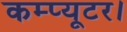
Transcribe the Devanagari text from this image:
कम्प्यूटर।